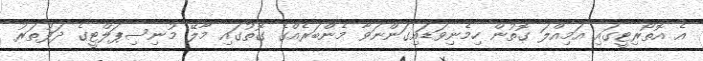
އެ އޮތޯރިޓީގައި އަމިއްލަ ގޮތުން ހިމެނިވަޑައިގަންނަވާ މެންބަރެއްގެ ގޮތުގައި މާލޭ މުނިސިޕަލްޓީގެ ދަފުތަރު